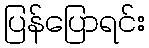
ပြန်ပြောရင်း